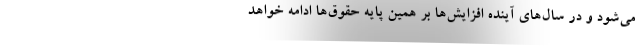
می‌شود و در سال‌های آینده افزایش‌ها بر همین پایه حقوق‌ها ادامه خواهد